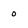
Character: 0